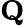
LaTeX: {\mathbf Q}